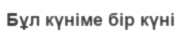
Бұл күніме бір күні